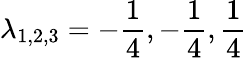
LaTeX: \lambda_{1,2,3}=-\frac{1}{4},-\frac{1}{4},\frac{1}{4}